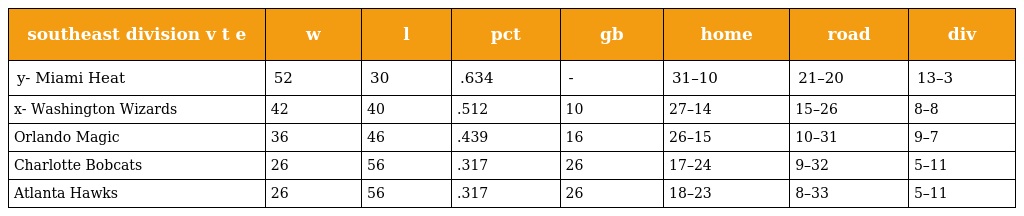
| southeast division v t e | w | l | pct | gb | home | road | div |
 | --- | --- | --- | --- | --- | --- | --- | --- |
 | y- Miami Heat | 52 | 30 | .634 | - | 31–10 | 21–20 | 13–3 |
 | x- Washington Wizards | 42 | 40 | .512 | 10 | 27–14 | 15–26 | 8–8 |
 | Orlando Magic | 36 | 46 | .439 | 16 | 26–15 | 10–31 | 9–7 |
 | Charlotte Bobcats | 26 | 56 | .317 | 26 | 17–24 | 9–32 | 5–11 |
 | Atlanta Hawks | 26 | 56 | .317 | 26 | 18–23 | 8–33 | 5–11 |